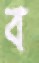
ব